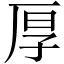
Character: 厚